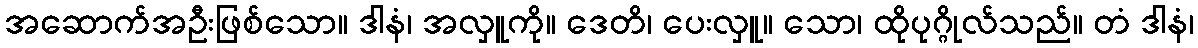
အဆောက်အဦးဖြစ်သော။ ဒါနံ၊ အလှူကို။ ဒေတိ၊ ပေးလှူ။ သော၊ ထိုပုဂ္ဂိုလ်သည်။ တံ ဒါနံ၊